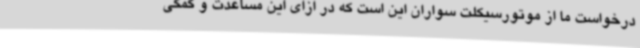
درخواست ما از موتورسیکلت سواران این است که در ازای این مساعدت و کمکی